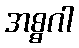
အစ္စဂါ